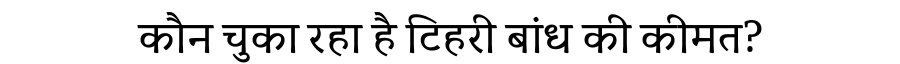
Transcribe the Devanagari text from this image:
कौन चुका रहा है टिहरी बांध की कीमत?